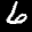
Label: 6